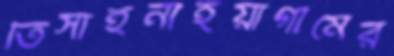
তিসাইনাইয়াগামের